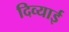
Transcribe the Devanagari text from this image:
दिव्याई